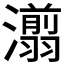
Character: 𰝨